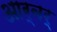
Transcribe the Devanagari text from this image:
आर्बर्